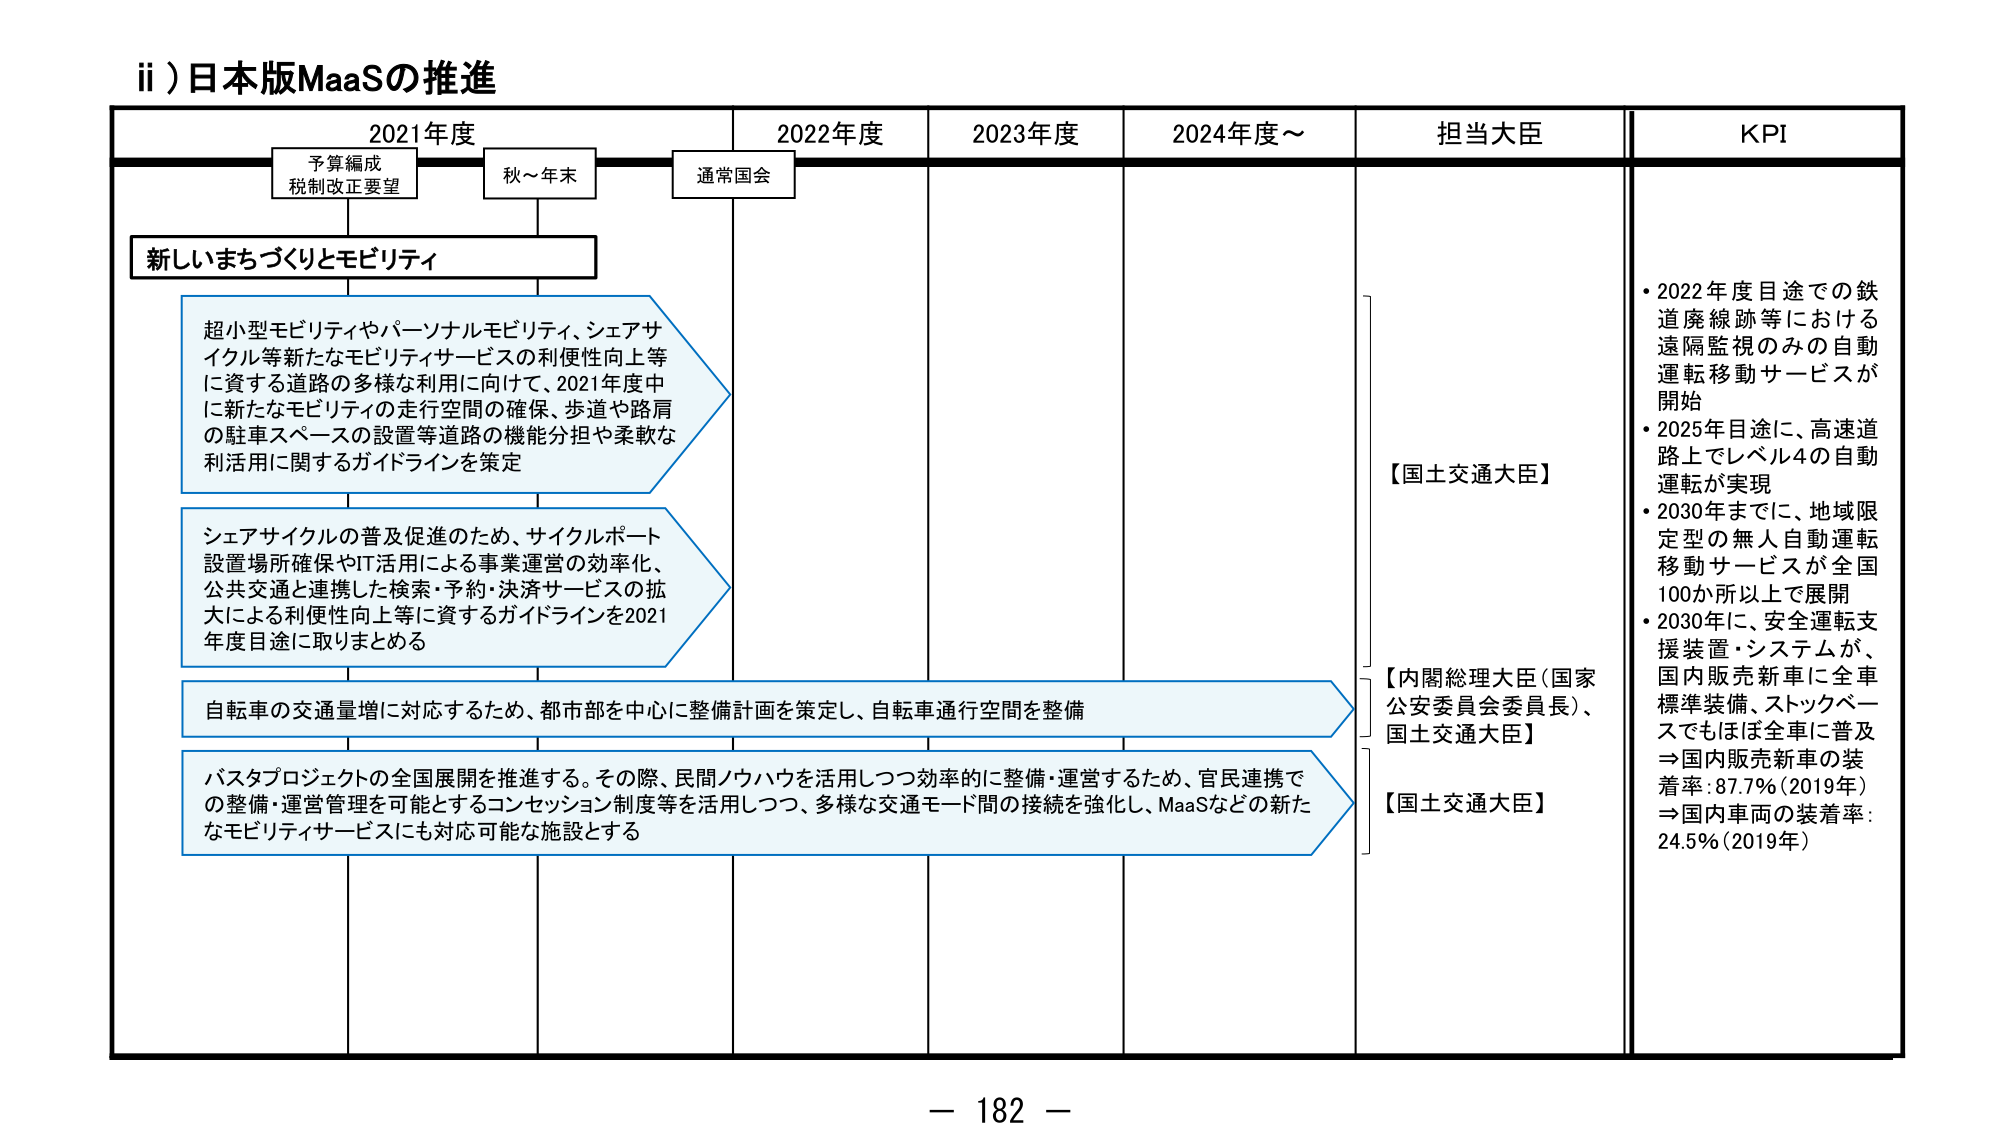
ii) 日本版MaaSの推進

2021年度　　　　　　　2022年度　　　　　2023年度　　　　　2024年度～　　　担当大臣　　　　　KPI

予算編成
税制改正要望　　　　　秋～年末　　　　　通常国会

新しいまちづくりとモビリティ

超小型モビリティやパーソナルモビリティ、シェアサイクル等新たなモビリティサービスの利便性向上等に資する道路の多様な利用に向けて、2021年度中に新たなモビリティの走行空間の確保、歩道や路肩の駐車スペースの設置等道路の機能分担や柔軟な利活用に関するガイドラインを策定

シェアサイクルの普及促進のため、サイクルポート設置場所確保やIT活用による事業運営の効率化、公共交通と連携した検索・予約・決済サービスの拡大による利便性向上等に資するガイドラインを2021年度目途に取りまとめる

自転車の交通量増に対応するため、都市部を中心に整備計画を策定し、自転車通行空間を整備

バスタプロジェクトの全国展開を推進する。その際、民間ノウハウを活用しつつ効率的に整備・運営するため、官民連携での整備・運営管理を可能とするコンセッション制度等を活用しつつ、多様な交通モード間の接続を強化し、MaaSなどの新たなモビリティサービスにも対応可能な施設とする

【国土交通大臣】

【内閣総理大臣（国家公安委員会委員長）、国土交通大臣】

【国土交通大臣】

・2022年度目途での鉄道廃線跡等における遠隔監視のみの自動運転移動サービスが開始
・2025年目途に、高速道路上でレベル4の自動運転が実現
・2030年までに、地域限定型の無人自動運転移動サービスが全国100か所以上で展開
・2030年に、安全運転支援装置・システムが、国内販売新車に全車標準装備、ストックベースでもほぼ全車に普及
⇒国内販売新車の装着率：87.7%（2019年）
⇒国内車両の装着率：24.5%（2019年）

－ 182 －